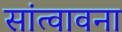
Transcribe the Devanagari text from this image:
सांत्वावना